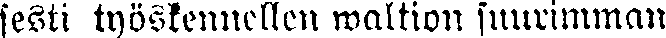
sesti työskennellen waltion suurimman